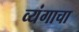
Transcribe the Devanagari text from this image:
व्यंगाचा